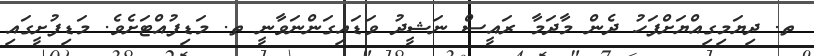
ތ. ދިޔަމިގިއްޔަށްފަހު ދެން މާދަމާ ރައީސް ނަޝީދު ވަޑައިގަންނަވާނީ ތ. މަޑިފުއްޓަށެވެ. މަޑިފުށީގައި